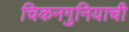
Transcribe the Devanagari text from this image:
चिकनगुनियाची